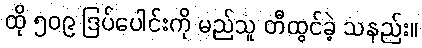
ထို ၅၀၉ ဒြပ်ပေါင်းကို မည်သူ တီထွင်ခဲ့ သနည်း။